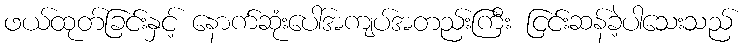
ဖယ်ထုတ်ခြင်းနှင့် နောက်ဆုံးပေါ်အကျပ်အတည်းကြီး ငြင်းဆန်ခဲ့ပါသေးသည်